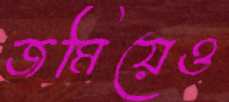
জমিয়েও